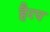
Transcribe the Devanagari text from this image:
हैरप